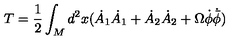
T = \frac { 1 } { 2 } \int _ { M } d ^ { 2 } x ( \dot { A } _ { 1 } \dot { A } _ { 1 } + \dot { A } _ { 2 } \dot { A } _ { 2 } + \Omega \dot { \phi } \dot { { \bar { \phi } } } )